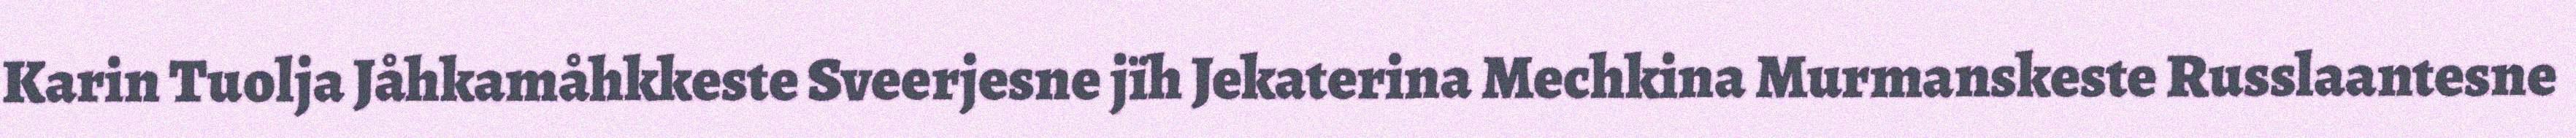
Karin Tuolja Jåhkamåhkkeste Sveerjesne jïh Jekaterina Mechkina Murmanskeste Russlaantesne